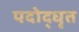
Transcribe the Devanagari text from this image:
पदोद्धृत